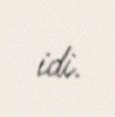
idi.